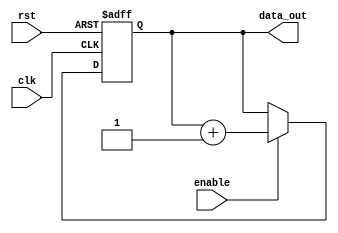
`timescale 1ns / 1ps
//////////////////////////////////////////////////////////////////////////////////
//
// 
// Design Name: 
// Module Name: Counter
// Project Name: MIPS CPU
// Target Devices: Nexys 4 DDR
// 
//////////////////////////////////////////////////////////////////////////////////


module Counter #(
        parameter DATA_WIDTH = 32
    )(
        input clk,
        input rst,
        input enable,
        output reg [DATA_WIDTH - 1:0] data_out
    );
    
    initial begin
        data_out = 0;
    end

    always @(posedge clk or posedge rst) begin
        if (rst == 1) begin
            data_out = 0;
        end
        else if (enable == 1) begin
            begin
                data_out <= data_out + 1;
            end
        end
    end
endmodule